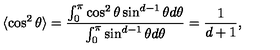
\langle \cos ^ { 2 } \theta \rangle = { \frac { \int _ { 0 } ^ { \pi } \cos ^ { 2 } \theta \sin ^ { d - 1 } \theta d \theta } { \int _ { 0 } ^ { \pi } \sin ^ { d - 1 } \theta d \theta } } = { \frac { 1 } { d + 1 } } ,